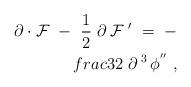
LaTeX: \begin{align*}\partial \cdot {\cal F} \ - \ \frac{1}{2} \ \partial \, {\cal F}\;' \ = \ - \\frac{3}{2} \ \partial^{\;3}\, \phi^{''} \ , \end{align*}